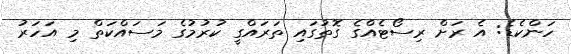
ހަންކެޑެ: އެ ރަށް ރިސޯޓެއްގެ ގޮތުގައި ތަރައްގީ ކުރުމުގެ މަސައްކަތް މި އަހަރު